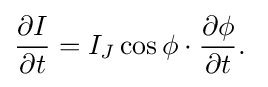
{\frac {\partial I}{\partial t}}=I_{J}\cos \phi \cdot {\frac {\partial \phi }{\partial t}}.\